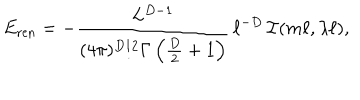
E _ { \mathrm { r e n } } = - \frac { L ^ { D - 1 } } { ( 4 \pi ) ^ { D / 2 } \Gamma \left( \frac { D } { 2 } + 1 \right) } \, \ell ^ { - D } \, { \cal I } ( m \ell , \lambda \ell ) ,